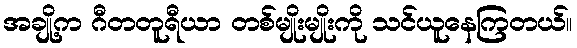
အချို့က ဂီတတူရီယာ တစ်မျိုးမျိုးကို သင်ယူနေကြတယ်။